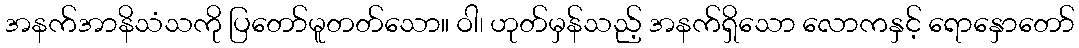
အနက်အာနိသံသကို ပြတော်မူတတ်သော။ ဝါ၊ ဟုတ်မှန်သည့် အနက်ရှိသော လောကနှင့် ရောနှောတော်